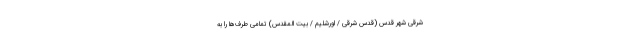
شرقی شهر قدس (قدس شرقی / اورشلیم / بیت المقدس) تمامی طرف‌ها را به